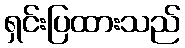
ရှင်းပြထားသည်